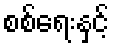
စစ်ရေးနှင့်